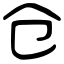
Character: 仓